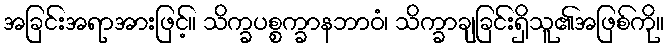
အခြင်းအရာအားဖြင့်။ သိက္ခပစ္စက္ခာနဘာဝံ၊ သိက္ခာချခြင်းရှိသူ၏အဖြစ်ကို။